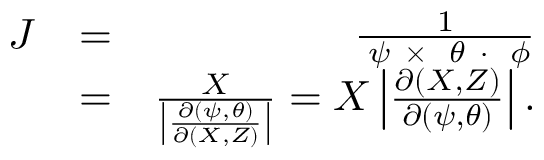
\begin{array} { r l r } { { \cal J } } & { = } & { \frac { 1 } { { \bf \nabla } \psi ~ { \bf \times } ~ { \bf \nabla } \theta ~ { \bf \cdot } ~ { \bf \nabla } \phi } } \\ & { = } & { \frac { X } { \left| \frac { \partial ( \psi , \theta ) } { \partial ( X , Z ) } \right| } = X \left| \frac { \partial ( X , Z ) } { \partial ( \psi , \theta ) } \right| . } \end{array}